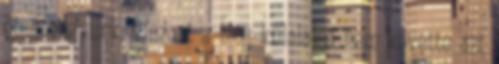
öten vagyunk. Viszont a blog külalakja nem követte azt